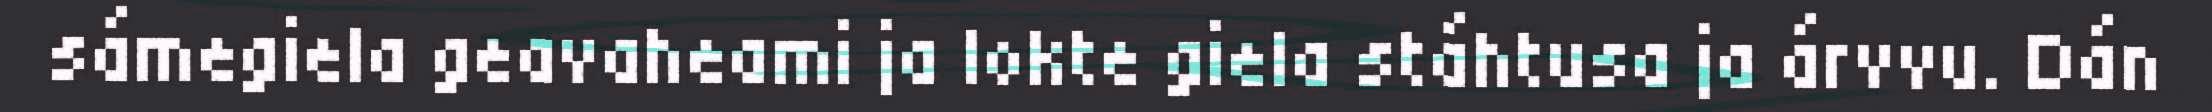
sámegiela geavaheami ja lokte giela stáhtusa ja árvvu. Dán